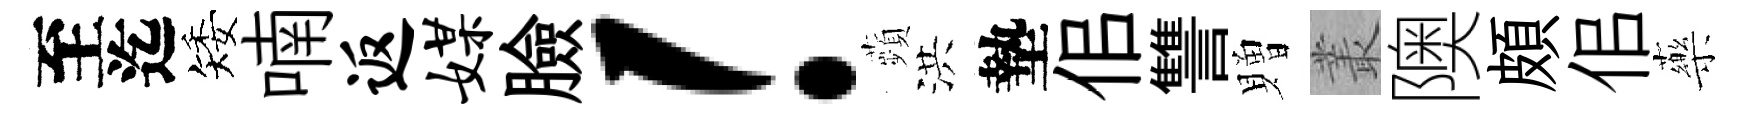
至迄矮喃返媒臉！蘋洪墊佀讐贈叢隩頗佀藥